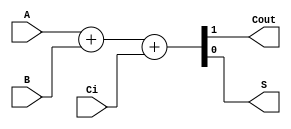
module sum1bcc (A, B, Ci,Cout,S);

  input  A;
  input  B;
  input  Ci;
  output Cout;
  output S;

  wire [1:0] st;
  assign S = st[0];
  assign Cout = st[1];

  assign st  = 	A+B+Ci;
 
  
endmodule